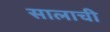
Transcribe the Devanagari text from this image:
सालाची